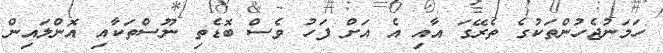
ހަމަނުޖެހުންތަކުގެ ތެރޭގަ އާއި އެ އަށް ފަހު ވެސް ބޮޑެތި ނޫސްތަކާއި އޮންލައިން